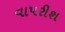
વાપરીશ